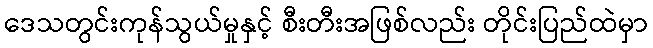
ဒေသတွင်းကုန်သွယ်မှုနှင့် စီးတီးအဖြစ်လည်း တိုင်းပြည်ထဲမှာ